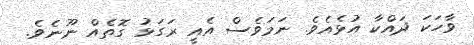
ވާހަކަ ދައްކާ އުޅެއެވެ. ނަމަވެސް އެއީ ރަގަޅު ގޮތެއް ނޫނެވެ.